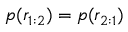
p ( \mathfrak { r } _ { 1 : 2 } ) = p ( \mathfrak { r } _ { 2 : 1 } )